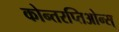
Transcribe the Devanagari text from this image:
कोन्तरप्तिओन्स्